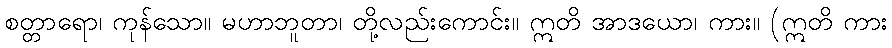
စတ္တာရော၊ ကုန်သော။ မဟာဘူတာ၊ တို့လည်းကောင်း။ ဣတိ အာဒယော၊ ကား။ (ဣတိ ကား